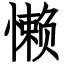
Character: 懒